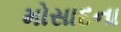
મોસાદના